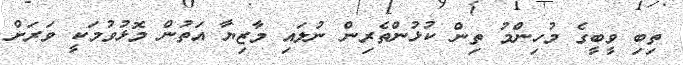
ތިބިި ވީބީގެ މުހިންމު ތިން ކުޅުންތެރިން ނުލައި މާޒިޔާ އަތުން މޮޅުވުމަކީ ވަރަށް